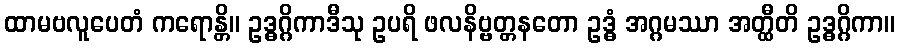
ထာမဗလူပေတံ ကရောန္တိ။ ဥဒ္ဓဂ္ဂိကာဒီသု ဥပရိ ဖလနိဗ္ဗတ္တနတော ဥဒ္ဓံ အဂ္ဂမဿာ အတ္ထီတိ ဥဒ္ဓဂ္ဂိကာ။